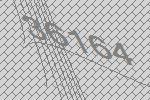
36164